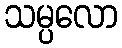
သမ္ပလော